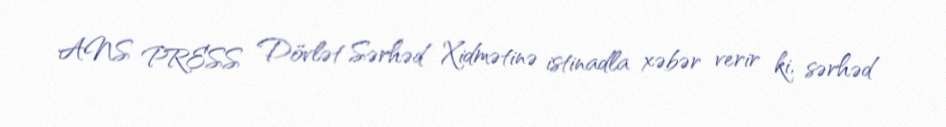
ANS PRESS Dövlət Sərhəd Xidmətinə istinadla xəbər verir ki, sərhəd